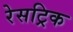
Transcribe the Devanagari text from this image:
रेसट्रिक